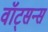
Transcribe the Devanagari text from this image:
वॉट्सन्स